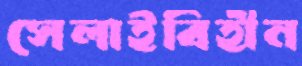
সেলাইবিহীন